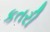
કતરી